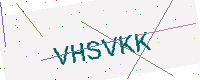
Text: VHSVKK